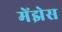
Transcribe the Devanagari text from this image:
मेंझेस